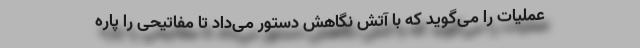
عملیات را می‌گوید که با آتش نگاهش دستور می‌داد تا مفاتیحی را پاره